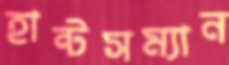
হান্টসম্যান